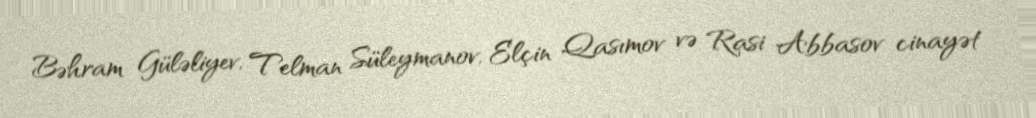
Bəhram Güləliyev, Telman Süleymanov, Elçin Qasımov və Rasi Abbasov cinayət